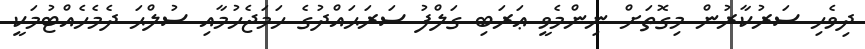
ދިވެހި ސަރުކާރުން މިގޮތަށް ނިންމެވީ ޢަރަބި ގަލްފު ސަރަޙައްދުގެ ހަމަޖެހުމާއި ސުލްޙަ ދެމެހެއްޓުމަކީ